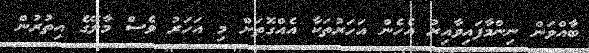
ބާއްވަން ނިންމާފައިވާއިރު އެހެން އަހަރުތަކާ އެއްގޮތަށް މި އަހަރު ވެސް މާލޭގެ އިތުރުން